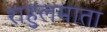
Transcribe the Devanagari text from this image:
राहुलमाता